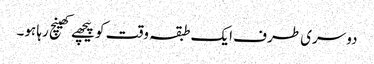
دوسری طرف ایک طبقہ وقت کو پیچھے کھینچ رہا ہو۔